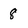
Character: 8